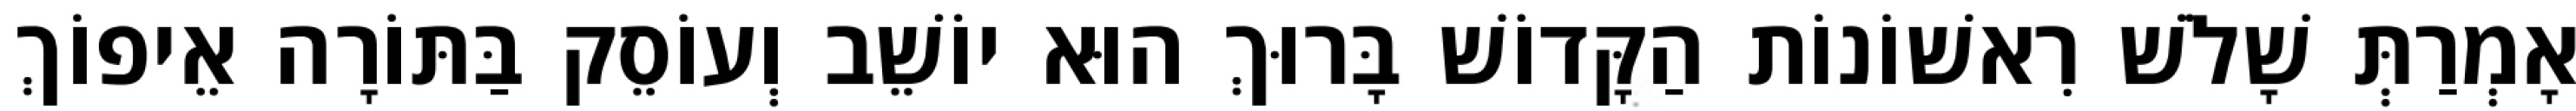
אָמְרַתְּ שָׁלֹשׁ רִאשׁוֹנוֹת הַקָּדוֹשׁ בָּרוּךְ הוּא יוֹשֵׁב וְעוֹסֵק בַּתּוֹרָה אֵיפוֹךְ